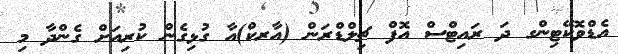
އެޑްވޮކޭޓިންގ ދަ ރައިޓްސް އޮފް ޗިލްޑްރަން (އާރކް)އާ ގުޅިގެން ކުރިއަށް ގެންދާ މި